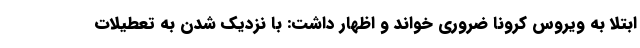
ابتلا به ویروس کرونا ضروری خواند و اظهار داشت: با نزدیک شدن به تعطیلات